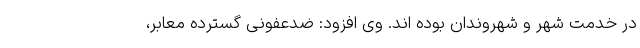
در خدمت شهر و شهروندان بوده اند. وی افزود: ضدعفونی گسترده معابر،